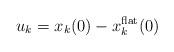
LaTeX: \begin{align*}u_k=x_k(0)-x_k^{\rm flat}(0)\end{align*}